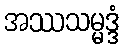
အဿသမ္မဒ္ဒံ